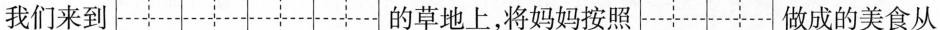
我们来到 的草地上，将妈妈按照 做成的美食从